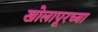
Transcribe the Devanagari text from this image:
खोलापूरच्या